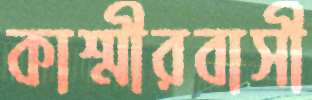
কাশ্মীরবাসী